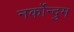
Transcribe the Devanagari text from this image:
नर्कोन्दुम